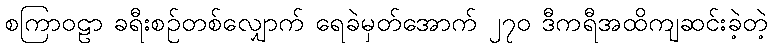
စကြာဝဠာ ခရီးစဉ်တစ်လျှောက် ရေခဲမှတ်အောက် ၂၇၀ ဒီကရီအထိကျဆင်းခဲ့တဲ့